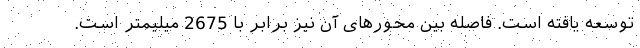
توسعه یافته است. فاصله بین محورهای آن نیز برابر با 2675 میلیمتر است.